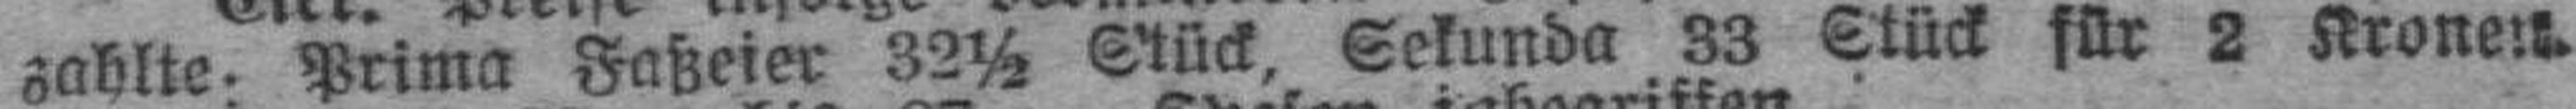
zahlte. Prima Faßeier 32½ Stück, Sekunda 33 Stück für 2 Kronen.